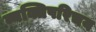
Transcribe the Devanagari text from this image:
व्यक्तिपरिचय